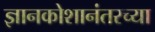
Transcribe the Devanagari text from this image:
ज्ञानकोशानंतरच्या